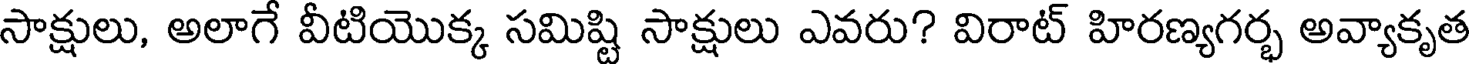
సాక్షులు, అలాగే వీటియొక్క సమిష్టి సాక్షులు ఎవరు? విరాట్ హిరణ్యగర్భ అవ్యాకృత